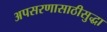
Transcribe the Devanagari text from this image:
अपसरणासाठीसुद्धा